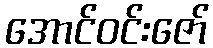
အောင်ဝင်းဇော်